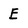
Character: E